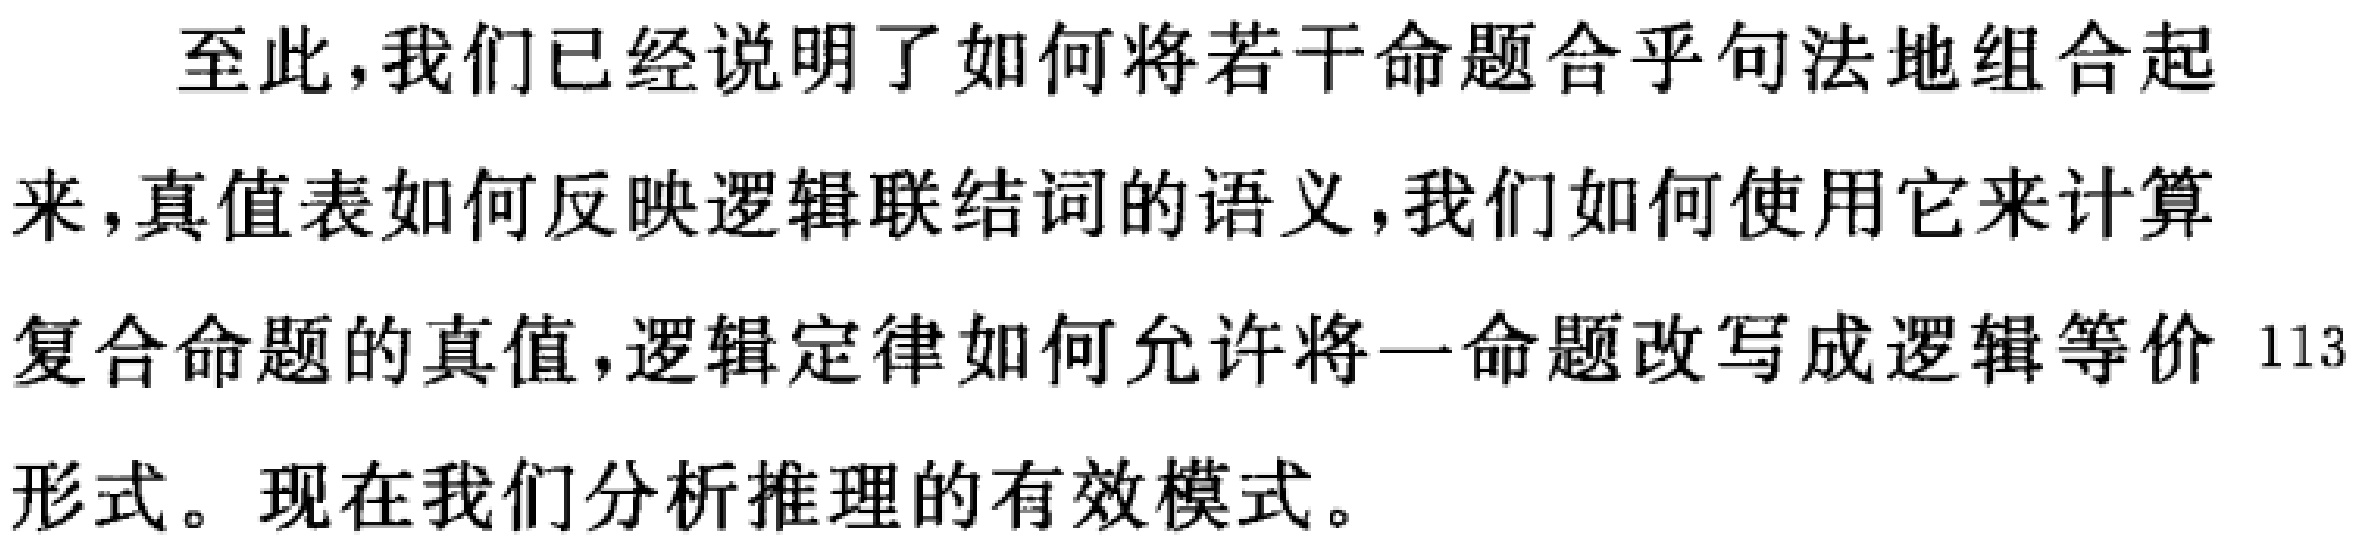
至此，我们已经说明了如何将若干命题合乎句法地组合起来，真值表如何反映逻辑联结词的语义，我们如何使用它来计算复合命题的真值，逻辑定律如何允许将一命题改写成逻辑等价形式。现在我们分析推理的有效模式。